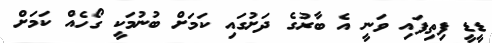
ޑީޑީ ފިތިފައި ވަނީ އެ ބާރުގެ ދަށުގައި ކަމަށް ބުނުމަކީ ގޯހެއް ކަމަށް